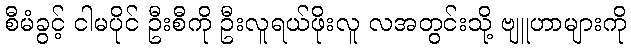
စီမံခွင့် ငါမပိုင် ဦးစီကို ဦးလူရယ်ဖိုးလူ လအတွင်းသို့ ဗျူဟာများကို